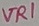
Text: VR1